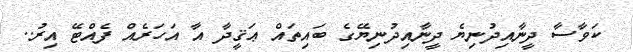
ކަވާސާ ދީނާއިދުނިޔެ ދީނާއިދުނިޔޭގެ ބައިތައް ޢަޤީދާ އާ އަހަރެއް ފެއްޓޭ އިރު..